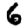
Digit: 6